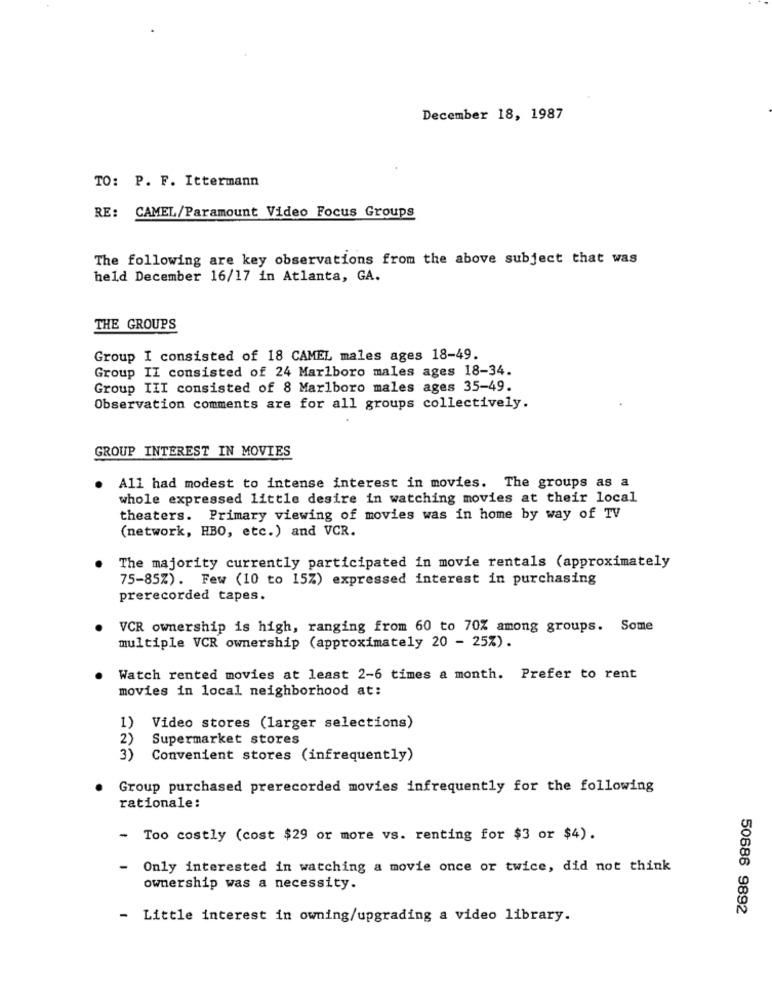
December 18, 1987
TO: P. F. Ittermann
RE: CAMEL/Paramount Video Focus Groups
The following are key observations from the above subject that was
held December 16/17 in Atlanta, GA.
THE GROUPS
Group I consisted of 18 CAMEL males ages 18-49.
Group II consisted of 24 Marlboro males ages 18-34.
Group III consisted of 8 Marlboro males ages 35-49.
Observation comments are for all groups collectively.
GROUP INTEREST IN MOVIES
All had modest to intense interest in movies. The groups as a
whole expressed little desire in watching movies at their local
theaters. Primary viewing of movies was in home by way of TV
(network, HBO, etc.) and VCR.
The majority currently participated in movie rentals (approximately
75-85%). Few (10 to 15%) expressed interest in purchasing
prerecorded tapes.
VCR ownership is high, ranging from 60 to 70% among groups. Some
multiple VCR ownership (approximately 20 - 25%).
Watch rented movies at least 2-6 times a month. Prefer to rent
movies in local neighborhood at:
1)
Video stores (larger selections)
2)
Supermarket stores
3)
Convenient stores (infrequently)
Group purchased prerecorded movies infrequently for the following
rationale:
- Too costly (cost $29 or more vs. renting for $3 or $4).
- Only interested in watching a movie once or twice, did not think
ownership was a necessity.
50686 9892
- Little interest in owning/upgrading a video library.